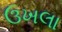
ઉખલા